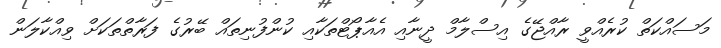
މަސައްކަތް ކުރެއްވީ ރާއްޖޭގެ އިސްލާމް ދީނާއި އެއާޕޯޓްތަކާއި ކުންފުނިތައް ބޭރުގެ ފަރާތްތަކަށް ވިއްކާލަން